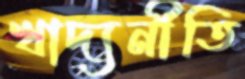
খাদ্যনীতি